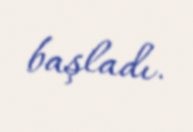
başladı.